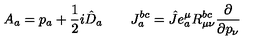
A _ { a } = p _ { a } + \frac { 1 } { 2 } i \hat { D } _ { a } \qquad J _ { a } ^ { b c } = \hat { J } e _ { a } ^ { \mu } R _ { \mu \nu } ^ { b c } \frac { \partial } { \partial p _ { \nu } }